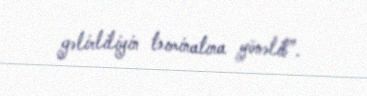
gəlirliliyin təıminatına yönəlib”.